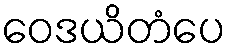
ဝေဒယိတံပေ